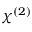
\chi ^ { ( 2 ) }